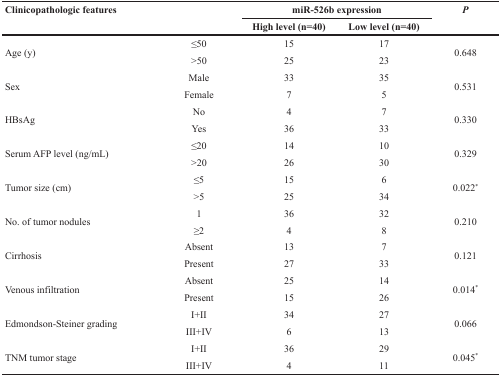
| <ROWSPAN=2-COLSPAN=2> Clinicopathologic features | <COLSPAN=2> miR-526b expression | <ROWSPAN=2> P |
 | High level (n=40) | Low level (n=40) |
 | --- | --- | --- | --- | --- |
 | <ROWSPAN=2> Age (y) | ≤50 | 15 | 17 | <ROWSPAN=2> 0.648 |
 | >50 | 25 | 23 |
 | <ROWSPAN=2> Sex | Male | 33 | 35 | <ROWSPAN=2> 0.531 |
 | Female | 7 | 5 |
 | <ROWSPAN=2> HBsAg | No | 4 | 7 | <ROWSPAN=2> 0.330 |
 | Yes | 36 | 33 |
 | <ROWSPAN=2> Serum AFP level (ng/mL) | ≤20 | 14 | 10 | <ROWSPAN=2> 0.329 |
 | >20 | 26 | 30 |
 | <ROWSPAN=2> Tumor size (cm) | ≤5 | 15 | 6 | <ROWSPAN=2> 0.022* |
 | >5 | 25 | 34 |
 | <ROWSPAN=2> No. of tumor nodules | 1 | 36 | 32 | <ROWSPAN=2> 0.210 |
 | ≥2 | 4 | 8 |
 | <ROWSPAN=2> Cirrhosis | Absent | 13 | 7 | <ROWSPAN=2> 0.121 |
 | Present | 27 | 33 |
 | <ROWSPAN=2> Venous infiltration | Absent | 25 | 14 | <ROWSPAN=2> 0.014* |
 | Present | 15 | 26 |
 | <ROWSPAN=2> Edmondson-Steiner grading | I+II | 34 | 27 | <ROWSPAN=2> 0.066 |
 | III+IV | 6 | 13 |
 | <ROWSPAN=2> TNM tumor stage | I+II | 36 | 29 | <ROWSPAN=2> 0.045* |
 | III+IV | 4 | 11 |